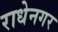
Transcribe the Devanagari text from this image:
राधेनगर